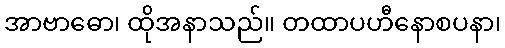
အာဗာဓော၊ ထိုအနာသည်။ တထာပဟီနောစပနာ၊